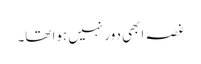
غصہ ابھی دور نہیں ہوا تھا۔